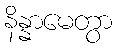
နိန္နာမေတွာ